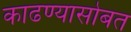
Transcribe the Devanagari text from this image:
काढण्यासोबत